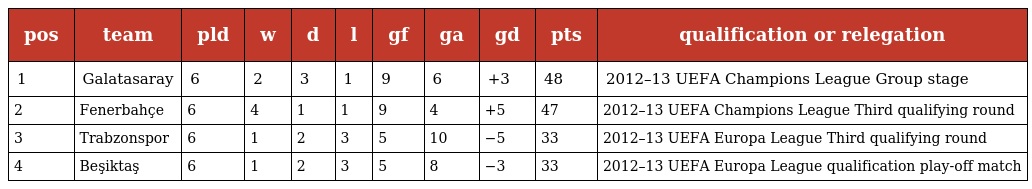
| pos | team | pld | w | d | l | gf | ga | gd | pts | qualification or relegation |
 | --- | --- | --- | --- | --- | --- | --- | --- | --- | --- | --- |
 | 1 | Galatasaray | 6 | 2 | 3 | 1 | 9 | 6 | +3 | 48 | 2012–13 UEFA Champions League Group stage |
 | 2 | Fenerbahçe | 6 | 4 | 1 | 1 | 9 | 4 | +5 | 47 | 2012–13 UEFA Champions League Third qualifying round |
 | 3 | Trabzonspor | 6 | 1 | 2 | 3 | 5 | 10 | −5 | 33 | 2012–13 UEFA Europa League Third qualifying round |
 | 4 | Beşiktaş | 6 | 1 | 2 | 3 | 5 | 8 | −3 | 33 | 2012–13 UEFA Europa League qualification play-off match |